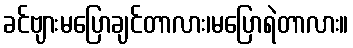
ခင်ဗျားမပြောချင်တာလား၊မပြောရဲတာလား။